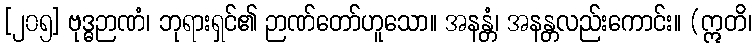
[၂၀၅] ဗုဒ္ဓဉာဏံ၊ ဘုရားရှင်၏ ဉာဏ်တော်ဟူသော။ အနန္တံ၊ အနန္တလည်းကောင်း။ (ဣတိ၊